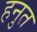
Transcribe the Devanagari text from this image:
हनुत